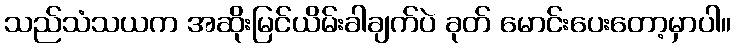
သည်သံသယက အဆိုးမြင်ယိမ်းခါချက်ပဲ ခုတ် မောင်းပေးတော့မှာပါ။